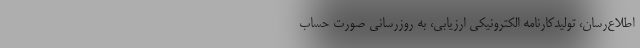
اطلاع‌رسان، تولیدکارنامه الکترونیکی ارزیابی، به روزرسانی صورت حساب